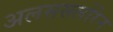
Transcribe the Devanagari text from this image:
अलससलोरेन